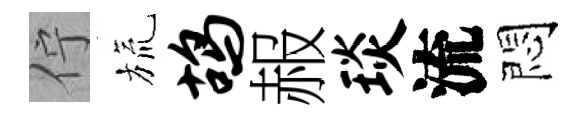
佇旒鸪赧琰流悶